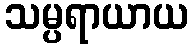
သမ္ပရာယာယ